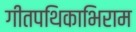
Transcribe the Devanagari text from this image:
गीतपथिकाभिराम